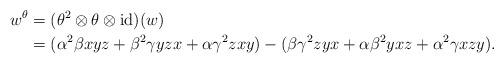
LaTeX: \begin{align*}w^{\theta}&=(\theta^{2}\otimes \theta\otimes {\rm id})(w)\\&=(\alpha^{2}\beta xyz+\beta^{2}\gamma yzx+\alpha\gamma^{2}zxy)-(\beta\gamma^{2}zyx+\alpha\beta^{2}yxz+\alpha^{2}\gamma xzy). \end{align*}